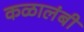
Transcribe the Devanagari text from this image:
कळालंबी